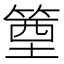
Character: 𥯑